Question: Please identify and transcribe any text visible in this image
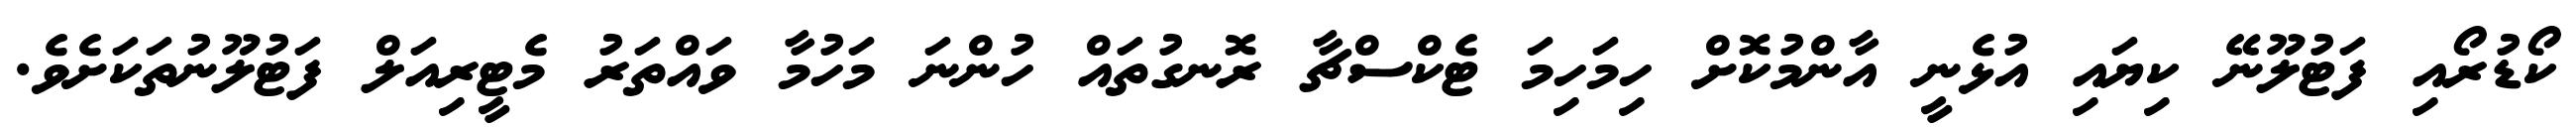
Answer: ކޯޑުރޯއި ފަޓުލޫނޭ ކިޔައި އުޅެނީ އާންމުކޮށް ހިމަހިމަ ޓެކްސްޗާ ރޮނގުތައް ހުންނަ މަހުމާ ވައްތަރު މެޓީރިއަލް ފަޓުލޫނުތަކަށެވެ.